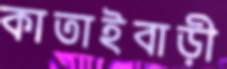
কাতাইবাড়ী